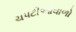
ચપટીઓવાળો